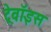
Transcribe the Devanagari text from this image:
ट्रेवॉइस